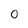
Character: 0